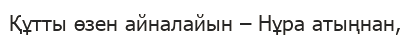
Құтты өзен айналайын – Нұра атыңнан,